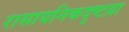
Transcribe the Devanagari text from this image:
रासायनिकदृष्टय़ा